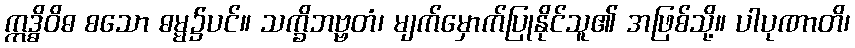
ဣဒ္ဓိဝိဓ စသော ဓမ္မ၌ပင်။ သက္ခိဘဗ္ဗတံ၊ မျက်မှောက်ပြုနိုင်သူ၏ အဖြစ်သို့။ ပါပုဏာတိ၊